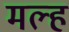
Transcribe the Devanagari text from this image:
मल्ह